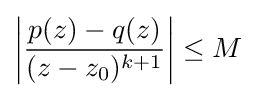
\left|{\frac {p(z)-q(z)}{(z-z_{0})^{k+1}}}\right|\leq M